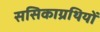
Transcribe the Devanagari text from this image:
ससिकाग्रथियों